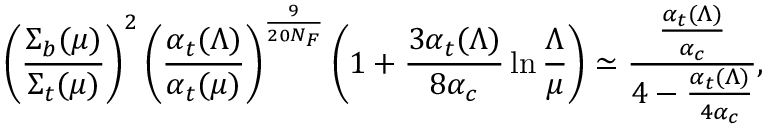
\left( { \frac { \Sigma _ { b } ( \mu ) } { \Sigma _ { t } ( \mu ) } } \right) ^ { 2 } \left( { \frac { \alpha _ { t } ( \Lambda ) } { \alpha _ { t } ( \mu ) } } \right) ^ { \frac { 9 } { 2 0 N _ { F } } } \left( 1 + { \frac { 3 \alpha _ { t } ( \Lambda ) } { 8 \alpha _ { c } } } \ln { \frac { \Lambda } { \mu } } \right) \simeq { \frac { \frac { \alpha _ { t } ( \Lambda ) } { \alpha _ { c } } } { 4 - { \frac { \alpha _ { t } ( \Lambda ) } { 4 \alpha _ { c } } } } } ,